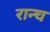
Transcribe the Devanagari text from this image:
रान्च